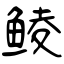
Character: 鲮